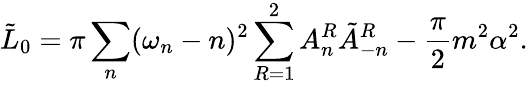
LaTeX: \tilde{L}_{0}=\pi\sum_{n}(\omega_{n}-n)^{2}\sum_{R=1}^{2}A_{n}^{R}\tilde{A}_{-n}^{R}-\frac{\pi}{2}m^{2}\alpha^{2}.